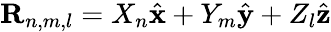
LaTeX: {\mathbf R}_{n,m,l}=X_{n}\hat{\mathbf x}+Y_{m}\hat{\mathbf y}+Z_{l}\hat{\mathbf z}